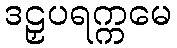
ဒဠှပရက္ကမေ